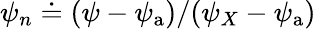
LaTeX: \psi_{n}\doteq(\psi-\psi_{\mathrm{a}})/(\psi_{X}-\psi_{\mathrm{a}})